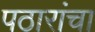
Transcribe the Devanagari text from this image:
पठारांचा